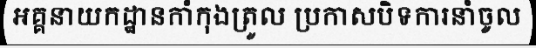
អគ្គនាយកដ្ឋានកាំកុងត្រូល ប្រកាសបិទការនាំចូល